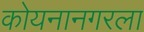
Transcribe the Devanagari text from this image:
कोयनानगरला